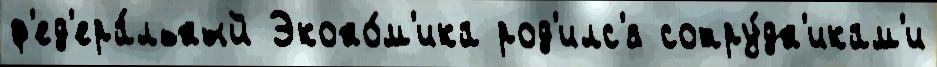
ф'ед'ера́льный Эконо́м'ика род'илс'я сотру́дн'икам'и